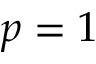
p = 1